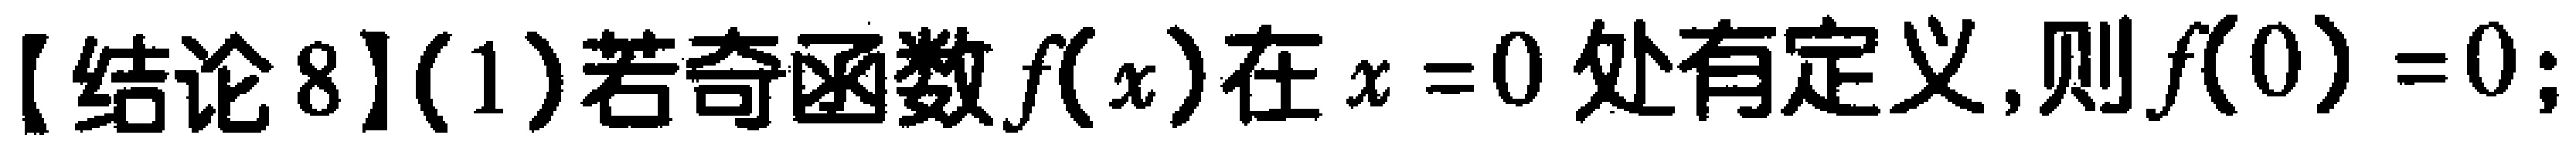
【结论8】(1)若奇函数\(f(x)\)在\(x = 0\)处有定义,则\(f(0)=0\);